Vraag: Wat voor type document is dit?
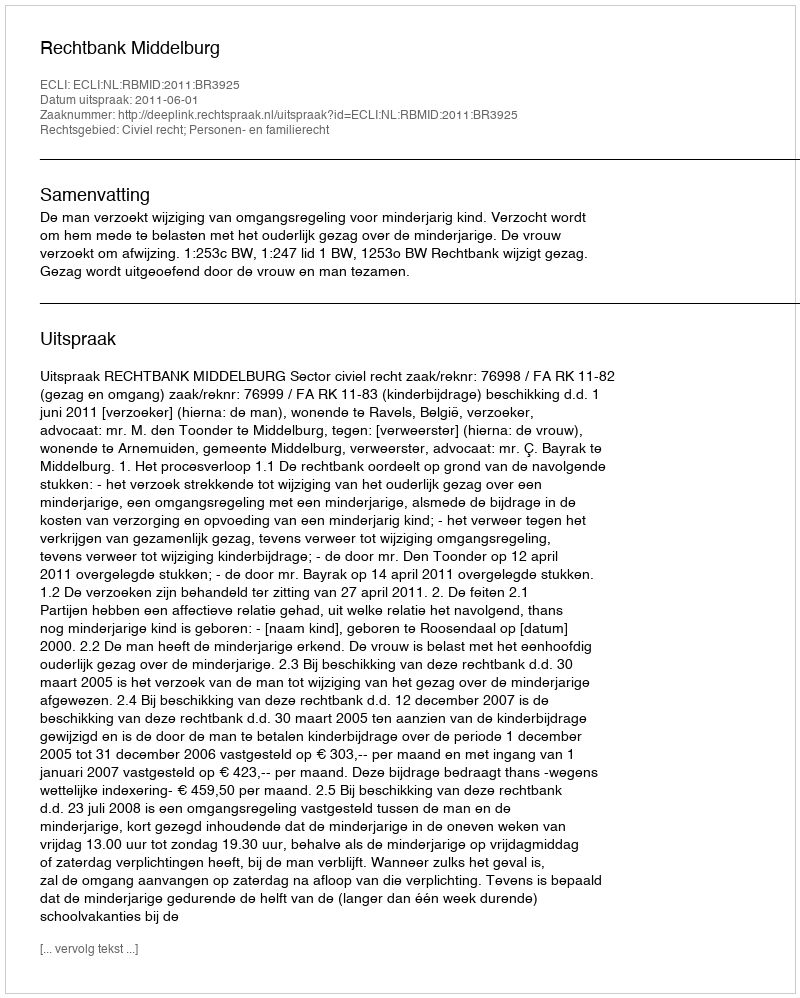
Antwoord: Uitspraak